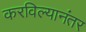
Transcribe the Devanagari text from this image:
करविल्यानंतर